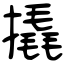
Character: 撬